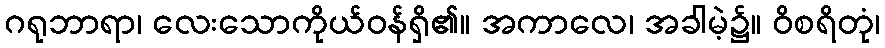
ဂရုဘာရာ၊ လေးသောကိုယ်ဝန်ရှိ၏။ အကာလေ၊ အခါမဲ့၌။ ဝိစရိတုံ၊